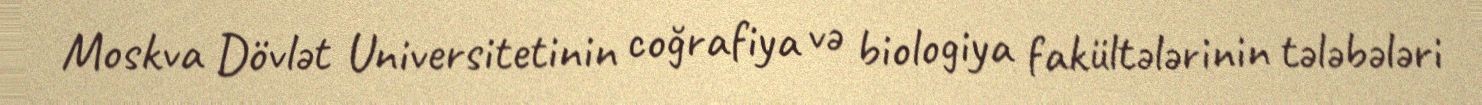
Moskva Dövlət Universitetinin coğrafiya və biologiya fakültələrinin tələbələri